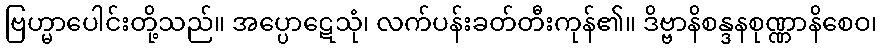
ဗြဟ္မာပေါင်းတို့သည်။ အပ္ပောဋေသုံ၊ လက်ပန်းခတ်တီးကုန်၏။ ဒိဗ္ဗာနိစန္ဒနစုဏ္ဏာနိစေဝ၊